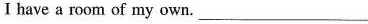
I have a room of my own. ___